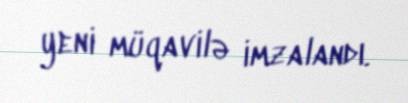
yeni müqavilə imzalandı.